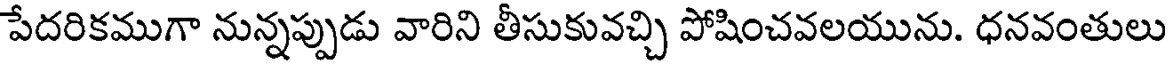
పేదరికముగా నున్నప్పుడు వారిని తీసుకువచ్చి పోషించవలయును. ధనవంతులు